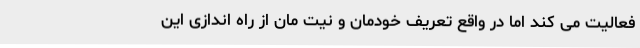
فعالیت می کند اما در واقع تعریف خودمان و نیت مان از راه اندازی این